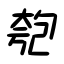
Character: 匏